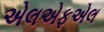
એલએફએલ